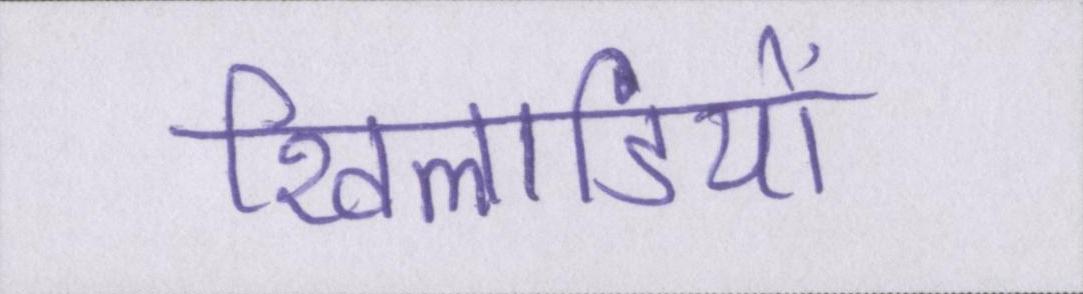
खिलाडियों